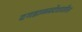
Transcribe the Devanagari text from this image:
दगडाळप्रदेशातील